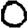
Digit: 0